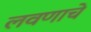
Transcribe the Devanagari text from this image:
लवणाचे